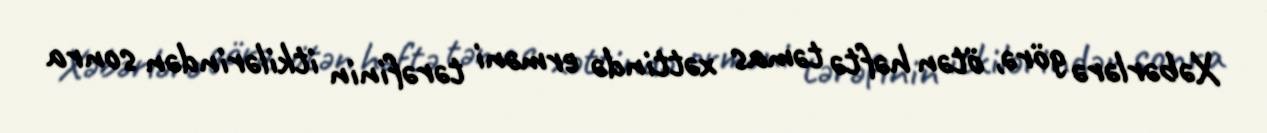
Xəbərlərə görə, ötən həftə təmas xəttində erməni tərəfinin itkilərindən sonra